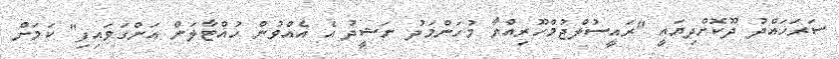
ސަރަހައްދު ދޫކޮށްދިޔައީ "ރައީސުލްޖުމްހޫރިއްޔާ މުހަންމަދު ނަޝީދު އެ އެއްވުން ހުއްޓާލަން އަންގަވައިފި" ކަމަށް